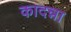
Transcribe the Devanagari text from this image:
कादन्ना